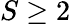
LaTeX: S\geq 2